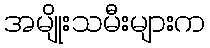
အမျိုးသမီးများက